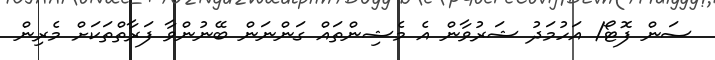
ސަން ފޮޓޯ/ އަހުމަދު ޝަރުވާން އެ މެޝިންތައް ގަންނަން ބޭނުންވާ ފަރާތްތަކަށް މެރިން